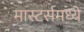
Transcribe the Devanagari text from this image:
मास्टर्समध्ये